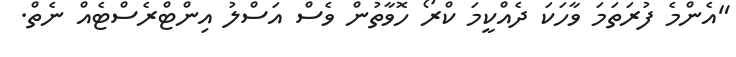
"އެންމެ ފުރަތަމަ ވާހަކަ ދެއްކީމަ ކްރޯ ހޮވާތުން ވެސް އަސްލު އިންޓްރެސްޓެއް ނެތް.